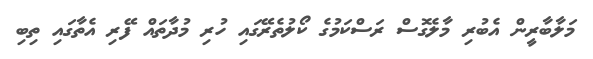
މަލާބާރީން އެބުރި މާލެގޮސް ރަސްކަމުގެ ކޯލުތެރޭގައި ހުރި މުދާތައް ފޭރި އެތާގައި ތިބި